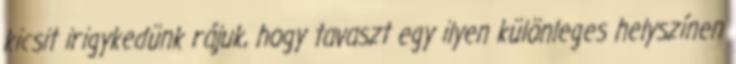
kicsit irigykedünk rájuk, hogy tavaszt egy ilyen különleges helyszínen